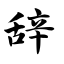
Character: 辞